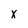
Character: x